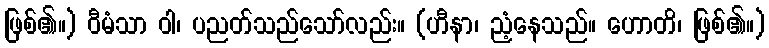
ဖြစ်၏။) ဝီမံသာ ဝါ၊ ပညတ်သည်သော်လည်း။ (ဟီနာ၊ ညံ့နေသည်။ ဟောတိ၊ ဖြစ်၏။)